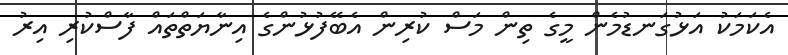
އެކަމަކު އަޅުގަނޑުމެން މީގެ ތިން މަސް ކުރިން އެބޭފުޅުންގެ އިނާޔަތްތައް ފާސްކުރި އިރު